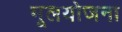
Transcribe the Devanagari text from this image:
मूलयोजना